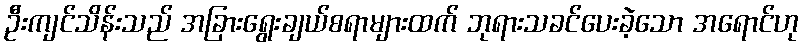
ဦးကျင်သိန်းသည် အခြားရွေးချယ်စရာများထက် ဘုရားသခင်ပေးခဲ့သော အရောင်ဟု